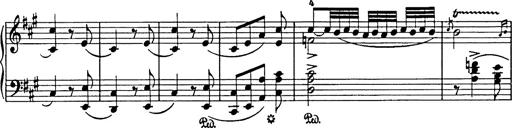
Title: Hungarian Rhapsody No.18
Composer: Franz Liszt
Key: F-sharp minor